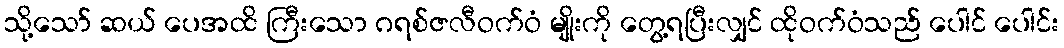
သို့သော် ဆယ် ပေအထိ ကြီးသော ဂရစ်ဇလီဝက်ဝံ မျိုးကို တွေ့ရပြီးလျှင် ထိုဝက်ဝံသည် ပေါင် ပေါင်း